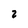
Character: 2